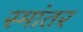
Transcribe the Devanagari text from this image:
स्मांतर